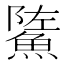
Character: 𩷷